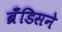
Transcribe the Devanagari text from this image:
ब्रँडिसने